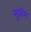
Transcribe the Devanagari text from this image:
सूप्रीम